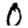
Digit: 0